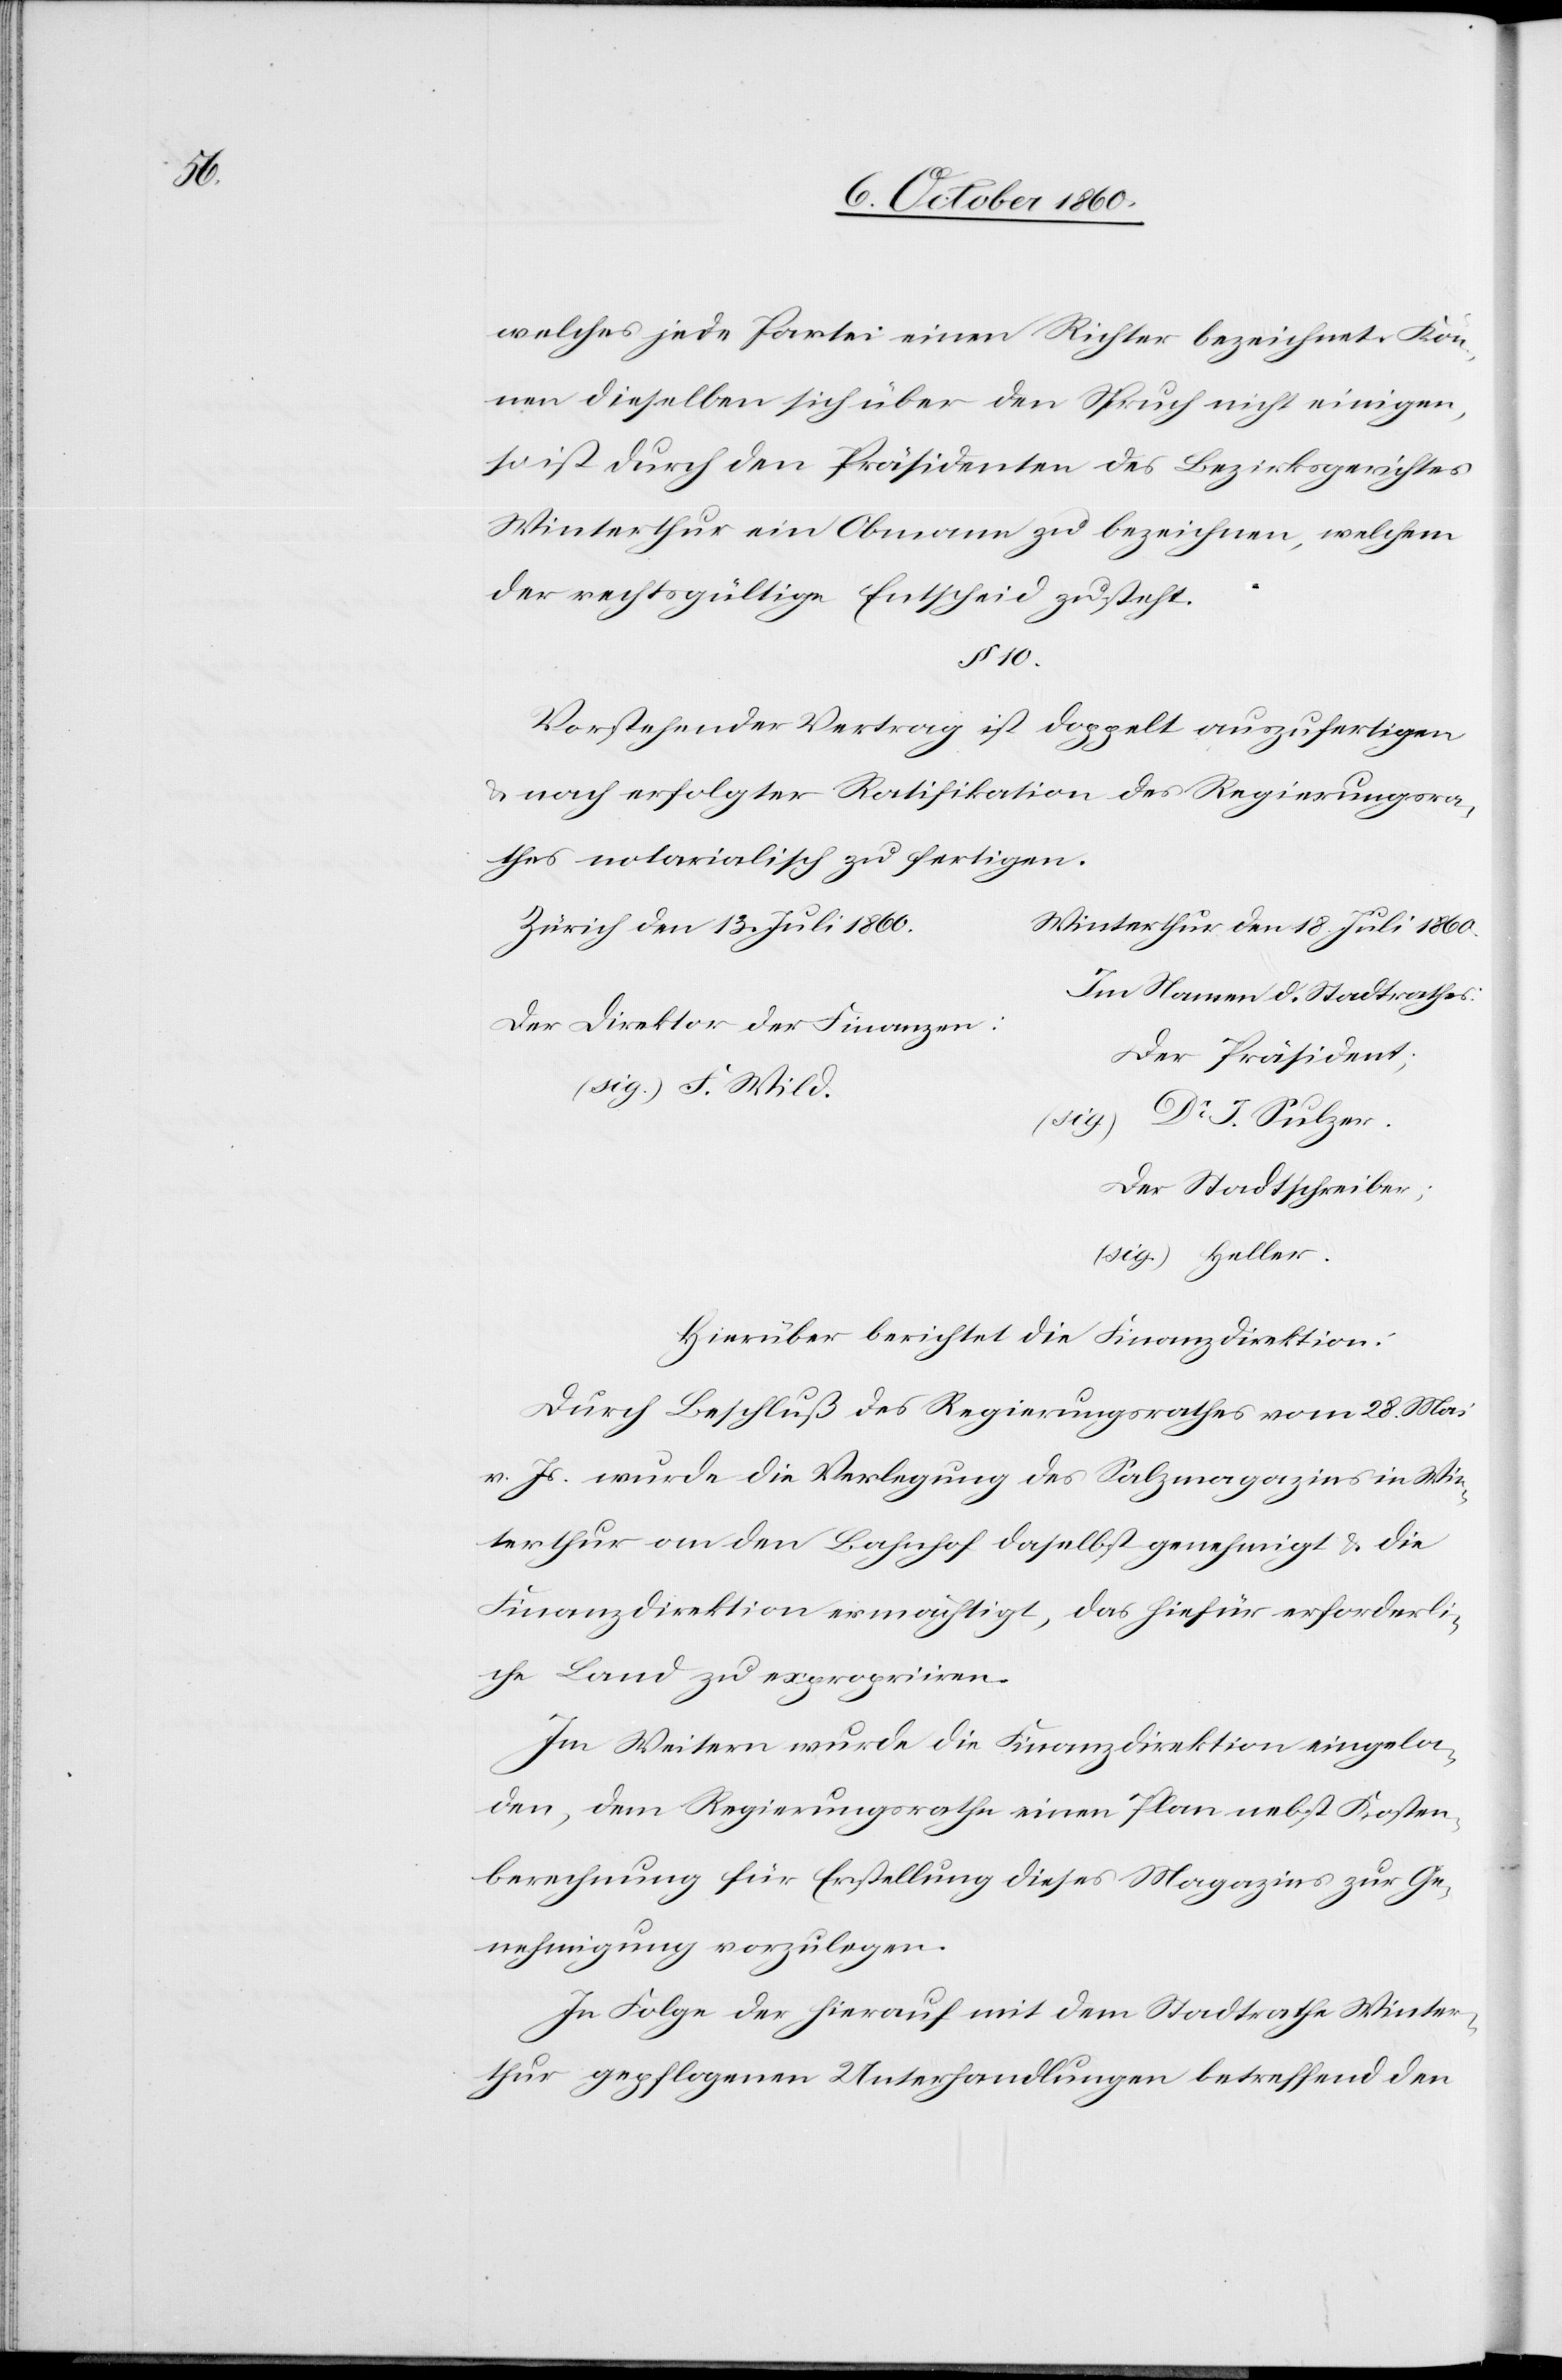
welches jede Partei einen Richter bezeichnet. Kön¬
nen dieselben sich über den Spruch nicht einigen,
so ist durch den Präsidenten des Bezirksgerichtes
Winterthur ein Obmann zu bezeichnen, welchem
der rechtsgültige Entscheid zusteht.
§ 10.
Vorstehender Vertrag ist doppelt auszufertigen
u. nach erfolgter Ratifikation des Regierungsra¬
thes notarialisch zu fertigen.
Zürich den 13. Juli 1860	W¬
interthur den 18. Juli 1860.
Im Namen d. Stadtrathes
Der Direktor der Finanze¬
n:	Der Präsident;
(sig.) F. Wil¬
d	(sig.) Dr J. Sulzer
Der Stadtschreiber;
(sig.) Heller
Hierüber berichtet die Finanzdirektion:
Durch Beschluß des Regierungsrathes vom 28. Mai
v. Js. wurde die Verlegung des Salzmagazins in Win¬
terthur an den Bahnhof daselbst genehmigt u. die
Finanzdirektion ermächtigt, das hiefür erforderli¬
che Land zu repropriiren.
Im Weitern wurde die Finanzdirektion eingela¬
den, dem Regierungsrathe einen Plan nebst Kosten¬
berechnung für Erstellung dieses Magazins zur Ge¬
nehmigung vorzulegen.
In Folge der hierauf mit dem Stadtrathe Winter¬
thur gepflogenen Unterhandlungen betreffend den